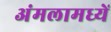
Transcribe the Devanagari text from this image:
अंमलामध्यें